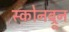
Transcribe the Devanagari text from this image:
स्कोनब्रून